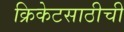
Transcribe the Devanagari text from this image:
क्रिकेटसाठीची